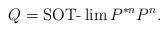
LaTeX: \begin{align*}Q=\operatorname{SOT-}\lim P^{*n}P^n.\end{align*}